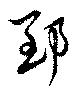
郅